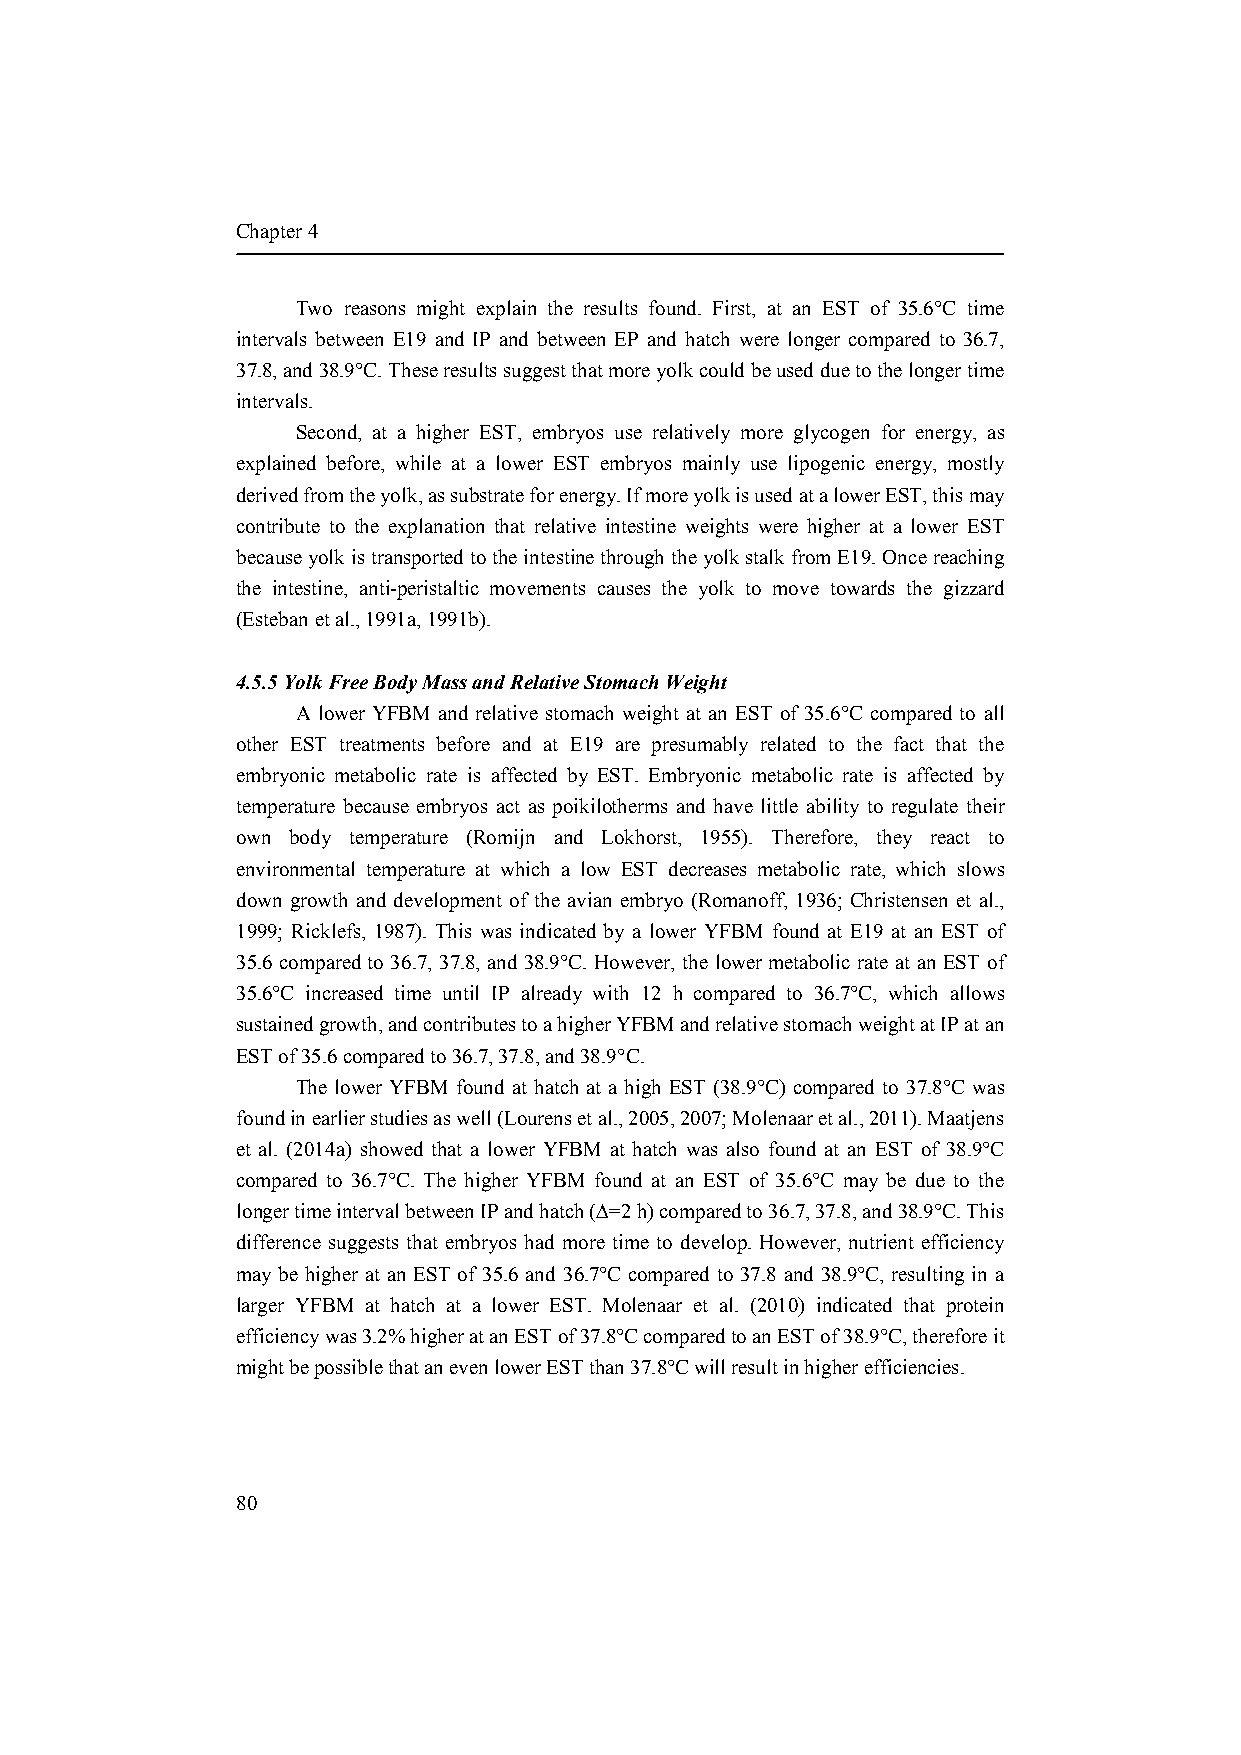
Chapter 4
 Two reasons might explain the results found. First, at an EST of 35.6°C time
 intervals between E19 and IP and between EP and hatch were longer compared to 36.7,
 37.8, and 38.9°C. These results suggest that more yolk could be used due to the longer time
 intervals.
 Second, at a higher EST, embryos use relatively more glycogen for energy, as
 explained before, while at a lower EST embryos mainly use lipogenic energy, mostly
 derived from the yolk, as substrate for energy. If more yolk is used at a lower EST, this may
 contribute to the explanation that relative intestine weights were higher at a lower EST
 because yolk is transported to the intestine through the yolk stalk from E19. Once reaching
 the intestine, anti-peristaltic movements causes the yolk to move towards the gizzard
 (Esteban et al., 1991a, 1991b).
 4.5.5 Yolk Free Body Mass and Relative Stomach Weight
 A lower YFBM and relative stomach weight at an EST of 35.6°C compared to all
 other EST treatments before and at E19 are presumably related to the fact that the
 embryonic metabolic rate is affected by EST. Embryonic metabolic rate is affected by
 temperature because embryos act as poikilotherms and have little ability to regulate their
 own body temperature (Romijn and Lokhorst, 1955). Therefore, they react to
 environmental temperature at which a low EST decreases metabolic rate, which slows
 down growth and development of the avian embryo (Romanoff, 1936; Christensen et al.,
 1999; Ricklefs, 1987). This was indicated by a lower YFBM found at E19 at an EST of
 35.6 compared to 36.7, 37.8, and 38.9°C. However, the lower metabolic rate at an EST of
 35.6°C increased time until IP already with 12 h compared to 36.7°C, which allows
 sustained growth, and contributes to a higher YFBM and relative stomach weight at IP at an
 EST of 35.6 compared to 36.7, 37.8, and 38.9°C.
 The lower YFBM found at hatch at a high EST (38.9°C) compared to 37.8°C was
 found in earlier studies as well (Lourens et al., 2005, 2007; Molenaar et al., 2011). Maatjens
 et al. (2014a) showed that a lower YFBM at hatch was also found at an EST of 38.9°C
 compared to 36.7°C. The higher YFBM found at an EST of 35.6°C may be due to the
 longer time interval between IP and hatch (∆=2 h) compared to 36.7, 37.8, and 38.9°C. This
 difference suggests that embryos had more time to develop. However, nutrient efficiency
 may be higher at an EST of 35.6 and 36.7°C compared to 37.8 and 38.9°C, resulting in a
 larger YFBM at hatch at a lower EST. Molenaar et al. (2010) indicated that protein
 efficiency was 3.2% higher at an EST of 37.8°C compared to an EST of 38.9°C, therefore it
 might be possible that an even lower EST than 37.8°C will result in higher efficiencies.
 80